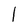
Character: 1